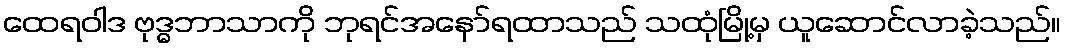
ထေရဝါဒ ဗုဒ္ဓဘာသာကို ဘုရင်အနော်ရထာသည် သထုံမြို့မှ ယူဆောင်လာခဲ့သည်။